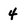
Character: 4